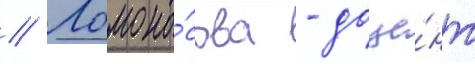
// Ломоно́сова - доце́нт